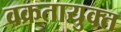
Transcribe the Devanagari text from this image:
वक्रतायुक्त